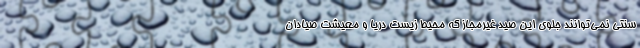
سنتی نمی‌توانند جلوی این صید غیرمجاز که محیط زیست دریا و معیشت صیادان